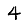
Digit: 4